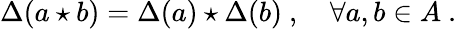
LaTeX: \Delta(a\star b)=\Delta(a)\star\Delta(b)~,~~~~\forall a,b\in A~.